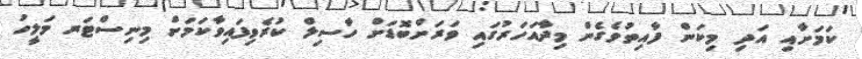
ކަމަށާއި އަދި މިކަން ފާއިތުވެގެން މިދާއަހަރުގައި ވަރަށްބޮޑަށް ހާސިލް ކުރެވިފައިވާކަމަށް މިނިސްޓަރ މަލީހު